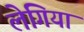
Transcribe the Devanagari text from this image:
लेगिया